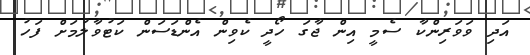
އަދި ވަވަރިންކާ ސެމީ އިން ޖާގަ ހޯދީ ކެވިން އެންޑަސަން ކަޓުވާލުމަށް ފަހު